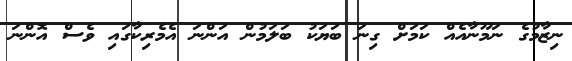
ނިޒާމުގެ ނަމޫނާއެއް ކަމަށް ގިނަ ބަޔަކު ބަލަމުން އަންނަ އެމެރިކާގައި ވެސް އޮންނަ